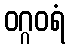
ဝဂ္ဂဝရံ